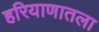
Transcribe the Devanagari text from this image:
हरियाणातला